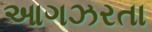
આગઝરતા